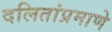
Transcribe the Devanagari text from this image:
दलितांप्रमाणे